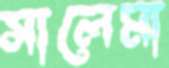
সালেমা